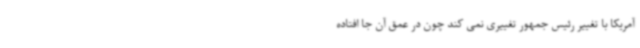
آمریکا با تغییر رئیس جمهور تغییری نمی کند چون در عمق آن جا افتاده